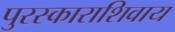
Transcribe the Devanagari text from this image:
पुरस्काराशिवाय